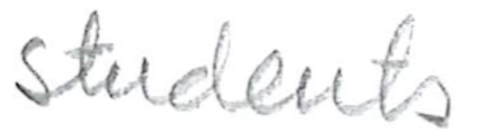
Text: students
Cross-out: clean
Writing tool: pencil